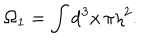
LaTeX: \Omega _ { 1 } = \int \mathrm { d } ^ { 3 } x \, \pi \eta ^ { 2 } .